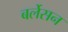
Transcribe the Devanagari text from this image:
बर्लेसन